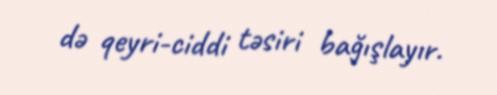
də qeyri-ciddi təsiri bağışlayır.